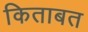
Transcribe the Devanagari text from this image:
किताबत